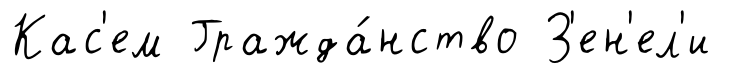
Кас'ем Гражда́нство З'ен'ел'и